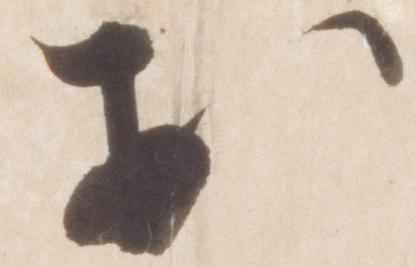
於